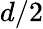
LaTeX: d/2